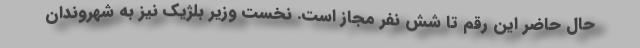
حال حاضر این رقم تا شش نفر مجاز است. نخست وزیر بلژیک نیز به شهروندان